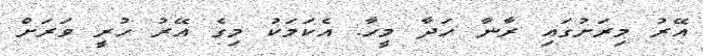
އޭރު މިރަށުގައި ރާނާ ހަދާ މީހާ. އެކަމަކު މިގެ އޭރު ހުރީ ވަރަށް